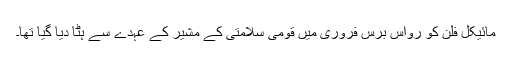
مائیکل فلن کو رواس برس فروری میں قومی سلامتی کے مشیر کے عہدے سے ہٹا دیا گیا تھا۔